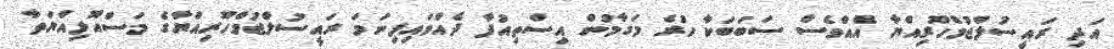
އަދި ރައީސުލްޖުމްހޫރިއްޔާ އެއްވެސް ސަބަބަކާ ހުރެ މަގާމުން އިސްތިއުފާ ދެއްވައިފިނަމަ ރައީސުލްޖުމްހޫރިއްޔާގެ މަސްއޫލިއްޔަތާ